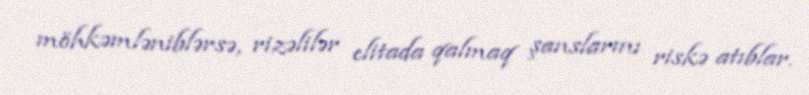
möhkəmləniblərsə, rizəlilər elitada qalmaq şanslarını riskə atıblar.